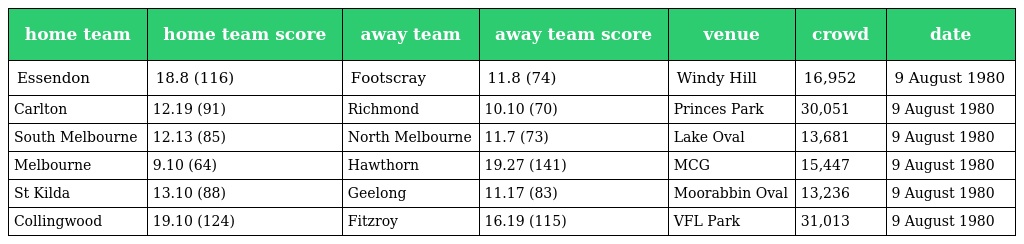
| home team | home team score | away team | away team score | venue | crowd | date |
 | --- | --- | --- | --- | --- | --- | --- |
 | Essendon | 18.8 (116) | Footscray | 11.8 (74) | Windy Hill | 16,952 | 9 August 1980 |
 | Carlton | 12.19 (91) | Richmond | 10.10 (70) | Princes Park | 30,051 | 9 August 1980 |
 | South Melbourne | 12.13 (85) | North Melbourne | 11.7 (73) | Lake Oval | 13,681 | 9 August 1980 |
 | Melbourne | 9.10 (64) | Hawthorn | 19.27 (141) | MCG | 15,447 | 9 August 1980 |
 | St Kilda | 13.10 (88) | Geelong | 11.17 (83) | Moorabbin Oval | 13,236 | 9 August 1980 |
 | Collingwood | 19.10 (124) | Fitzroy | 16.19 (115) | VFL Park | 31,013 | 9 August 1980 |